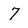
Character: 7